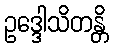
ဥဒ္ဒေါသိတန္တိ